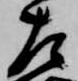
左